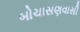
બોચાસણવાસી